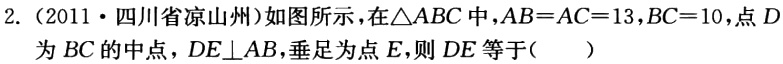
2.（2011·四川省凉山州）如图所示，在\(\triangle ABC\)中，\(AB = AC = 13\)，\(BC = 10\)，点\(D\)为\(BC\)的中点，\(DE\perp AB\)，垂足为点\(E\)，则\(DE\)等于（  ）